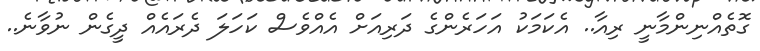
ގޮތެއްނިންމާނީ ރިއާ.. އެކަމަކު އަހަރެންގެ ދަރިއަށް އެއްވެސް ކަހަލަ ދެރައެއް ދީގެން ނުވާނެ..